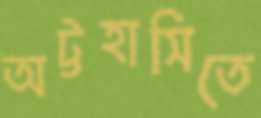
অট্টহাসিতে